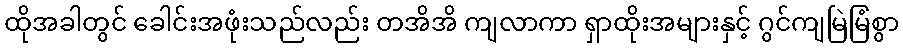
ထိုအခါတွင် ခေါင်းအဖုံးသည်လည်း တအိအိ ကျလာကာ ရှာထိုးအများနှင့် ဂွင်ကျမြဲမြံစွာ